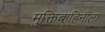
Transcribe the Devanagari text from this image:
मुक्तिबाहिनीला